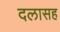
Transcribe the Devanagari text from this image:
दलासह